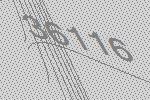
36116